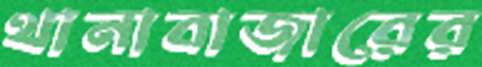
থানাবাজারের